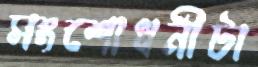
সংশোধনীটা